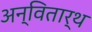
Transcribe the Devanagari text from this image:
अन्वितार्थ